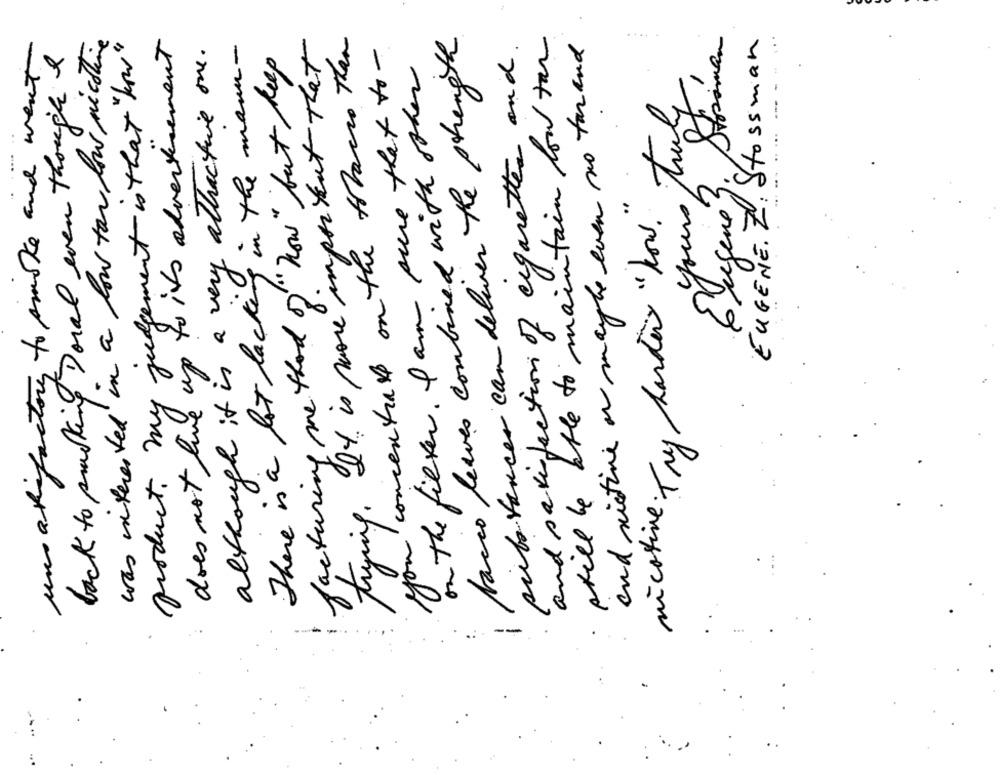
was interested in a low tow low micothing
you concentrate on the tobacco than
substances can deliver the strength
still be able to maintain low tan
Eugene 3. Stroman
EUGENE. Z. Stossman
product. my judgement is that "how"
does not live up to its advertisement
trying. It is more important That
on the filter. I am sure that to -
and satisfaction of cigarettes and.
and rictine or maybe even no far and
.... .
back to sucking Doral even though &
although it is a very attractive one.
une atifactory to smoke and went
There is a lot lacking in the man.
facturing me that of" how" but keep
Jacco leaves combined with other
yours Truly
nicotine Try harder "how."
--